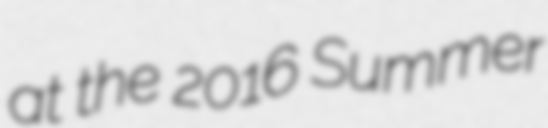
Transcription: at the 2016 Summer